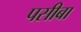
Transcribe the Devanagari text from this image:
पसीबा